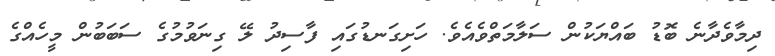
ދިމާވެދާނެ ބޮޑު ބައްޔަކުން ސަލާމަތްވެއެވެ. ހަށިގަނޑުގައި ފާސިދު ލޭ ގިނަވުމުގެ ސަބަބުން މީހެއްގެ